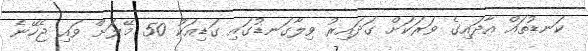
ކަނޑުތައް އާދައިގެ ވަރަކަށް ގަދައިރު ވިލާގަނޑުގައި ގަޑިއަކު 50 މޭލަށް ވައި ޖެހޭނެ